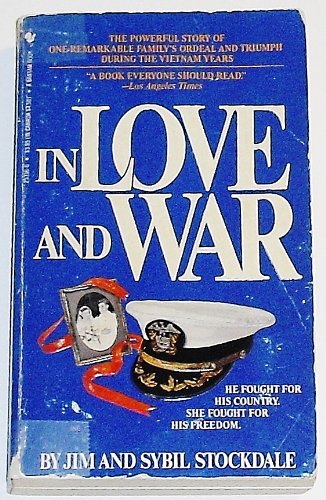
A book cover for In Love and War; Jim Stockdale; History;